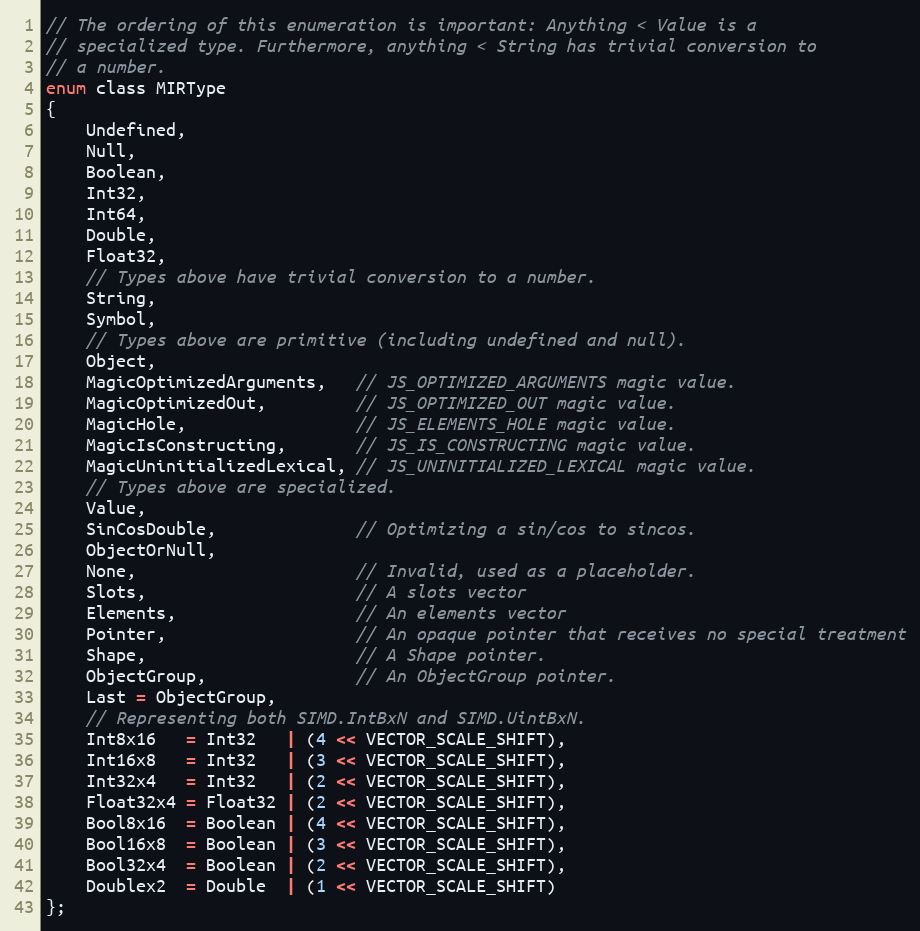
Language: C
// The ordering of this enumeration is important: Anything < Value is a
// specialized type. Furthermore, anything < String has trivial conversion to
// a number.
enum class MIRType
{
    Undefined,
    Null,
    Boolean,
    Int32,
    Int64,
    Double,
    Float32,
    // Types above have trivial conversion to a number.
    String,
    Symbol,
    // Types above are primitive (including undefined and null).
    Object,
    MagicOptimizedArguments,   // JS_OPTIMIZED_ARGUMENTS magic value.
    MagicOptimizedOut,         // JS_OPTIMIZED_OUT magic value.
    MagicHole,                 // JS_ELEMENTS_HOLE magic value.
    MagicIsConstructing,       // JS_IS_CONSTRUCTING magic value.
    MagicUninitializedLexical, // JS_UNINITIALIZED_LEXICAL magic value.
    // Types above are specialized.
    Value,
    SinCosDouble,              // Optimizing a sin/cos to sincos.
    ObjectOrNull,
    None,                      // Invalid, used as a placeholder.
    Slots,                     // A slots vector
    Elements,                  // An elements vector
    Pointer,                   // An opaque pointer that receives no special treatment
    Shape,                     // A Shape pointer.
    ObjectGroup,               // An ObjectGroup pointer.
    Last = ObjectGroup,
    // Representing both SIMD.IntBxN and SIMD.UintBxN.
    Int8x16   = Int32   | (4 << VECTOR_SCALE_SHIFT),
    Int16x8   = Int32   | (3 << VECTOR_SCALE_SHIFT),
    Int32x4   = Int32   | (2 << VECTOR_SCALE_SHIFT),
    Float32x4 = Float32 | (2 << VECTOR_SCALE_SHIFT),
    Bool8x16  = Boolean | (4 << VECTOR_SCALE_SHIFT),
    Bool16x8  = Boolean | (3 << VECTOR_SCALE_SHIFT),
    Bool32x4  = Boolean | (2 << VECTOR_SCALE_SHIFT),
    Doublex2  = Double  | (1 << VECTOR_SCALE_SHIFT)
};